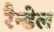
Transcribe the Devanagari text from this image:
रैन्डेल